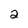
Character: 2